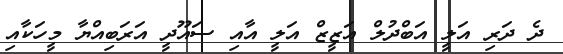
ދެ ދަރި އަލީ އަބްދުލް އަޒީޒް އަލީ އާއި ސައޫދީ އަރަބިއްޔާ މީހަކާއި